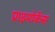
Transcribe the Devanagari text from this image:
प्राइमोकेंस